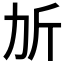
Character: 𣂒